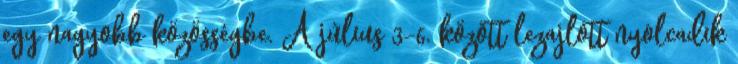
egy nagyobb közösségbe. A július 3-6. között lezajlott nyolcadik